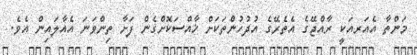
މަންތާ އެއަރއަކީ ރާއްޖޭގެ އެތެރޭގެ އުދުހުންތަކަށް ޚާއްސަކޮށްގެން ފަށާ ތިންވަނަ އެއާލައިން އެވެ.